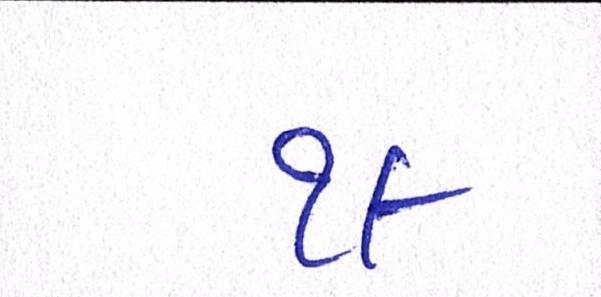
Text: ૧૯